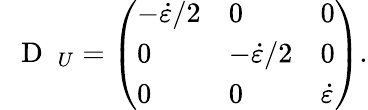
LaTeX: \mathrm{~\mathbf~{~D~}~}_{U}=\left(\begin{array}{lll}{-\dot{\varepsilon}/2}&{0}&{0}\\ {0}&{-\dot{\varepsilon}/2}&{0}\\ {0}&{0}&{\dot{\varepsilon}}\end{array}\right).